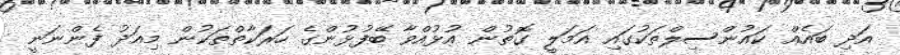
އަދި ބައެއް ކައުންސިލްތަކުގައި އަމަލީ ގޮތުން އުޅުއްވާ ބޭފުޅުންގެ ހަރަކާތްތަކުން މިއަދު ފެންނަނީ